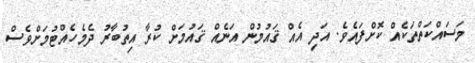
މަސައްކަތްތަކެއް ކޮށްފައެވެ. އަދި އެއް ޤައުމުން އަނެއް ޤައުމަށް ކުރާ އިތުބާރު ދެމެހެއްޓުމަށްވެސް